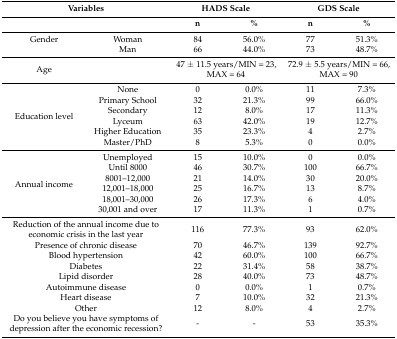
<table><thead><tr><td colspan="2"><b>Variables</b></td><td colspan="2"><b>HADS Scale</b></td><td colspan="2"><b>GDS Scale</b></td></tr><tr><td></td><td></td><td><b>n</b></td><td><b>%</b></td><td><b>n</b></td><td><b>%</b></td></tr></thead><tbody><tr><td>Gender</td><td>Woman</td><td>84</td><td>56.0%</td><td>77</td><td>51.3%</td></tr><tr><td></td><td>Man</td><td>66</td><td>44.0%</td><td>73</td><td>48.7%</td></tr><tr><td>Age</td><td></td><td colspan="2">47 ± 11.5 years/MIN = 23, MAX = 64</td><td colspan="2">72.9 ± 5.5 years/MIN = 66, MAX = 90</td></tr><tr><td rowspan="6">Education level</td><td>None</td><td>0</td><td>0.0%</td><td>11</td><td>7.3%</td></tr><tr><td>Primary School</td><td>32</td><td>21.3%</td><td>99</td><td>66.0%</td></tr><tr><td>Secondary</td><td>12</td><td>8.0%</td><td>17</td><td>11.3%</td></tr><tr><td>Lyceum</td><td>63</td><td>42.0%</td><td>19</td><td>12.7%</td></tr><tr><td>Higher Education</td><td>35</td><td>23.3%</td><td>4</td><td>2.7%</td></tr><tr><td>Master/PhD</td><td>8</td><td>5.3%</td><td>0</td><td>0.0%</td></tr><tr><td rowspan="6">Annual income</td><td>Unemployed</td><td>15</td><td>10.0%</td><td>0</td><td>0.0%</td></tr><tr><td>Until 8000</td><td>46</td><td>30.7%</td><td>100</td><td>66.7%</td></tr><tr><td>8001–12,000</td><td>21</td><td>14.0%</td><td>30</td><td>20.0%</td></tr><tr><td>12,001–18,000</td><td>25</td><td>16.7%</td><td>13</td><td>8.7%</td></tr><tr><td>18,001–30,000</td><td>26</td><td>17.3%</td><td>6</td><td>4.0%</td></tr><tr><td>30,001 and over</td><td>17</td><td>11.3%</td><td>1</td><td>0.7%</td></tr><tr><td colspan="2">Reduction of the annual income due to economic crisis in the last year</td><td>116</td><td>77.3%</td><td>93</td><td>62.0%</td></tr><tr><td colspan="2">Presence of chronic disease</td><td>70</td><td>46.7%</td><td>139</td><td>92.7%</td></tr><tr><td colspan="2">Blood hypertension</td><td>42</td><td>60.0%</td><td>100</td><td>66.7%</td></tr><tr><td colspan="2">Diabetes</td><td>22</td><td>31.4%</td><td>58</td><td>38.7%</td></tr><tr><td colspan="2">Lipid disorder</td><td>28</td><td>40.0%</td><td>73</td><td>48.7%</td></tr><tr><td colspan="2">Autoimmune disease</td><td>0</td><td>0.0%</td><td>1</td><td>0.7%</td></tr><tr><td colspan="2">Heart disease</td><td>7</td><td>10.0%</td><td>32</td><td>21.3%</td></tr><tr><td colspan="2">Other</td><td>12</td><td>8.0%</td><td>4</td><td>2.7%</td></tr><tr><td colspan="2">Do you believe you have symptoms of depression after the economic recession?</td><td>-</td><td>-</td><td>53</td><td>35.3%</td></tr></tbody></table>